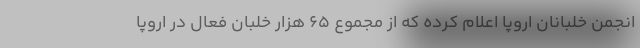
انجمن خلبانان اروپا اعلام کرده که از مجموع ۶۵ هزار خلبان فعال در اروپا